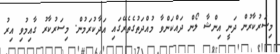
މިސަރުކާރުން ދަނީ އިންޝާ ލޯން ދައްކަންވާ މުއްދަތުގެތެރޭގައި އަދާކުރަމުން. މިސަރުކާރު ގާއިމުވި އިރު